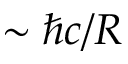
\sim \hbar c / R